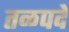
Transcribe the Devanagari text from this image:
तळपदें